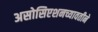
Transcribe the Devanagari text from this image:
असोसिएशनच्यावतीने